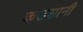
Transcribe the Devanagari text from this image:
कउसानी